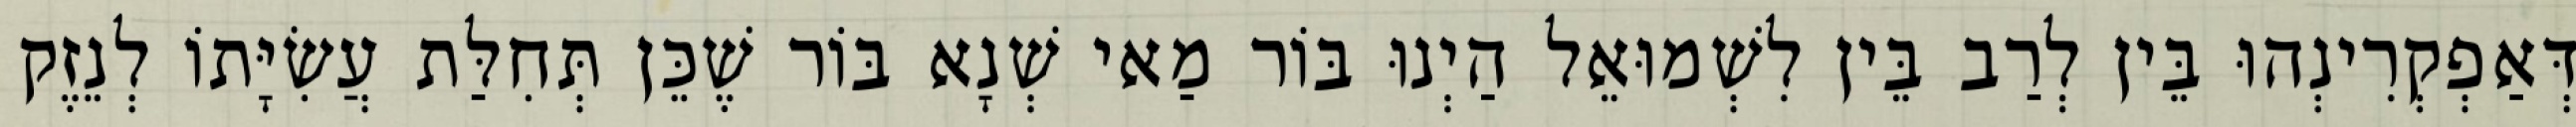
דְּאַפְקְרִינְהוּ בֵּין לְרַב בֵּין לִשְׁמוּאֵל הַיְנוּ בּוֹר מַאי שְׁנָא בּוֹר שֶׁכֵּן תְּחִלַּת עֲשִׂיָּתוֹ לְנֵזֶק